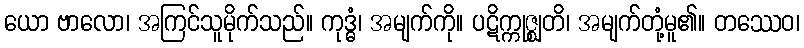
ယော ဗာလော၊ အကြင်သူမိုက်သည်။ ကုဒ္ဓံ၊ အမျက်ကို။ ပဋိက္ကုဇ္ဈတိ၊ အမျက်တုံ့မူ၏။ တဿေဝ၊